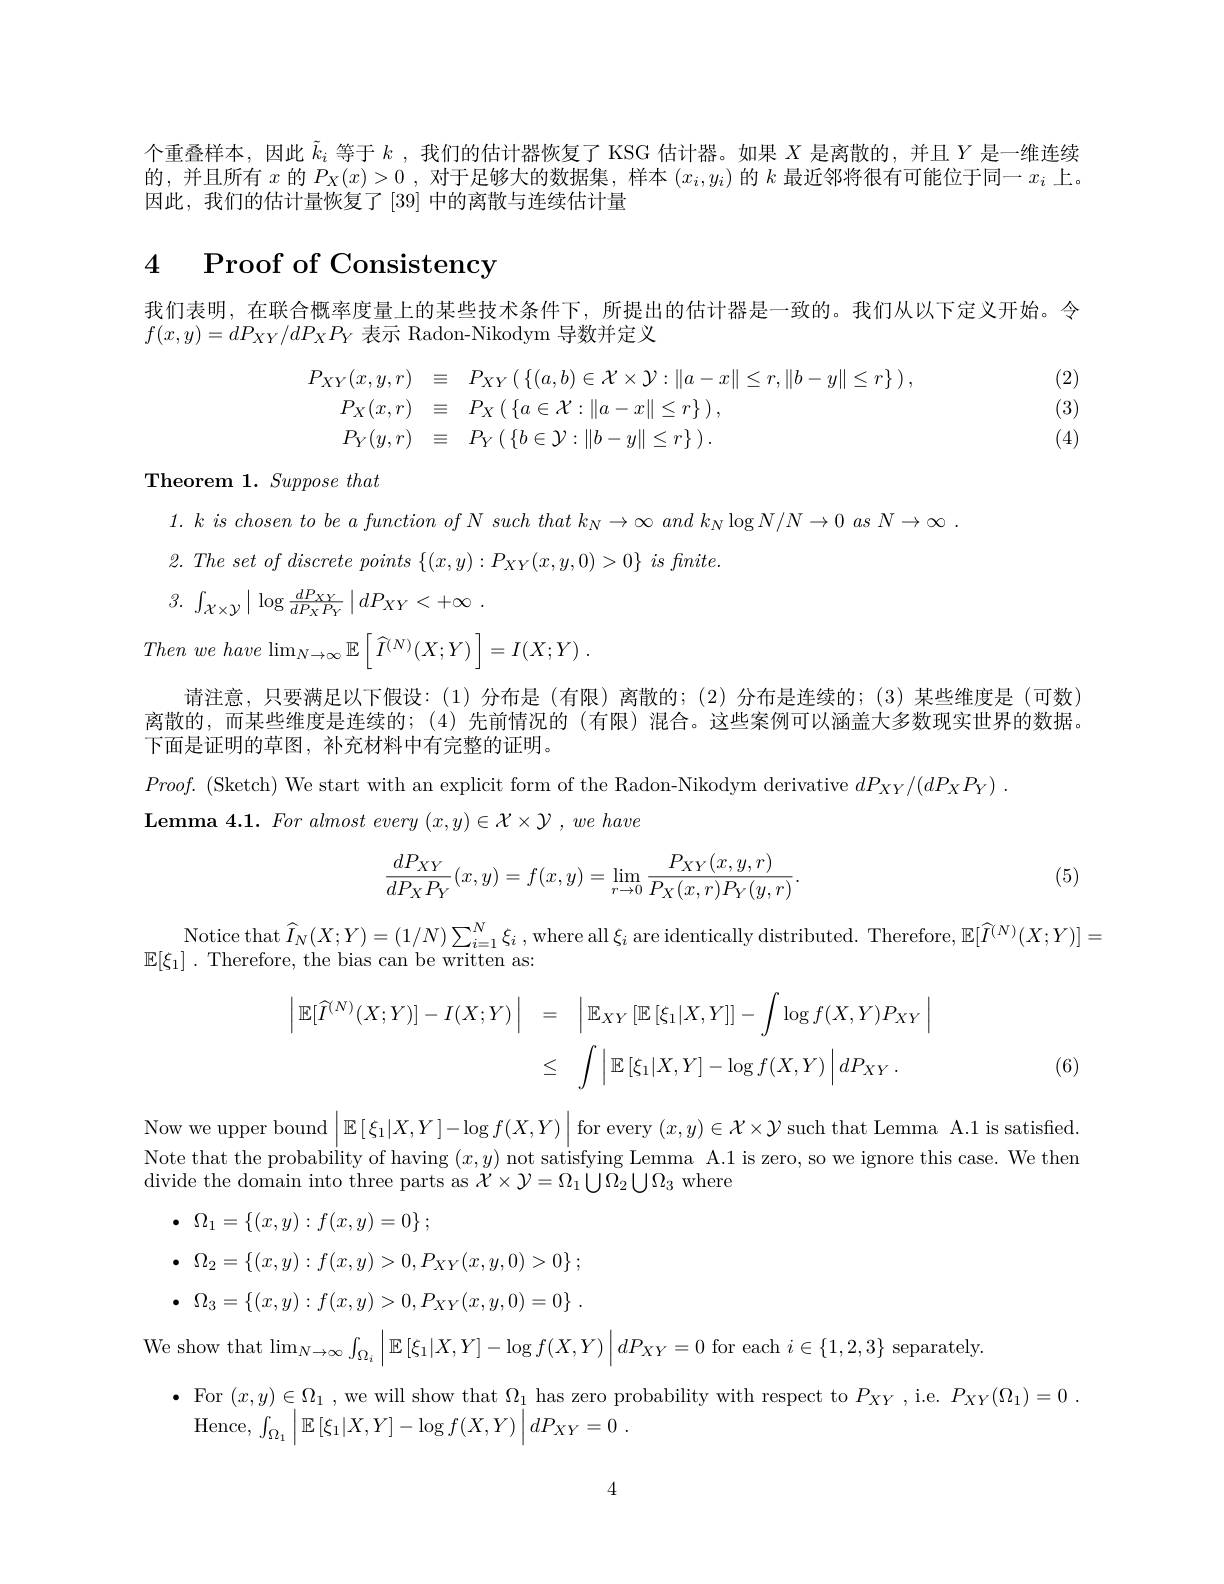
个重叠样本，因此$\tilde{k}_i$等于$k$ ,我们的估计器恢复了 KSG 估计器。如果$X$是离散的，并且$Y$是一维连续的，并且所有$x$的$P_X(x)>0$ ,对于足够大的数据集 ,样本$(x_i,y_i)$的$k$最近邻将很有可能位于同一$x_i$上。因此，我们的估计量恢复了[39] 中的离散与连续估计量

4 Proof of Consistency

我们表明，在联合概率度量上的某些技术条件下，所提出的估计器是一致的。我们从以下定义开始。令
$f(x,y)=dP_{XY}/dP_{X}P_{Y}$表示 Radon-Nikodym 导数并定义

(2)
$$\begin{aligned}P_{XY}(x,y,r)&\equiv\quad P_{XY}\left(\:\{(a,b)\in\mathcal{X}\times\mathcal{Y}:\|a-x\|\leq r,\|b-y\|\leq r\}\:\right),\\P_{X}(x,r)&\equiv\quad P_{X}\left(\:\{a\in\mathcal{X}:\|a-x\|\leq r\}\:\right),\\P_{Y}(y,r)&\equiv\quad P_{Y}\left(\:\{b\in\mathcal{Y}:\|b-y\|\leq r\}\:\right).\end{aligned}$$
(3)

(4)

Theorem 1. Suppose that

$1.\textit{ k is chosen to be a function of N such that k}_{N}\to\infty\textit{ and k}_{N}\log N/N\to0$ as $N\to\infty$

$2. \textit{The set of discrete points }\{ ( x, y) : P_{XY}( x, y, 0) > 0\} \textit{ is finite. }$

3. $\int _{\mathcal{X} \times \mathcal{Y} }\mid \log \frac {dP_{\mathcal{X} Y}}{dP_{\mathcal{X} }P_{\mathcal{Y} }}\mid dP_{XY}< + \infty$ .

Then $we$ have $\operatorname* { lim} _{N\to \infty }\mathbb{E} \left [ \widehat{I} ^{( N) }( X; Y) \right ] = I( X; Y)$ .

请注意，只要满足以下假设：(1)分布是(有限)离散的；(2)分布是连续的；(3)某些维度是(可数)

离散的，而某些维度是连续的；(4)先前情况的(有限)混合。这些案例可以涵盖大多数现实世界的数据。

下面是证明的草图，补充材料中有完整的证明。

$Proof.$ (Sketch) We start with an explicit form of the Radon-Nikodym derivative $dP_{XY}/ ( dP_{X}P_{Y})$ .

$\textbf{Lemma 4. 1. For almost every }( x, y) \in \mathcal{X} \times \mathcal{Y} , we$ have
$$\begin{aligned}\frac{dP_{XY}}{dP_XP_Y}(x,y)=f(x,y)=\lim_{r\to0}\frac{P_{XY}(x,y,r)}{P_X(x,r)P_Y(y,r)}.\end{aligned}$$
(5)

$\begin{array}{c}{\mathrm{Notice~that~}\widehat{I}_{N}(X;Y)=(1/N)\sum_{i=1}^{N}\xi_{i}\:,\mathrm{where~all~}\xi_{i}\:\mathrm{are~identically~distributed.~Therefore,~}\mathbb{E}[\widehat{I}^{(N)}(X;Y)]=}\\{\mathrm{E}[\xi_{1}]\:.\mathrm{~Therefore,~the~bias~can~be~written~as:}}\end{array}$
$$\begin{aligned}\left|\mathbb{E}[\widehat{I}^{(N)}(X;Y)]-I(X;Y)\right|&=\quad\left|\mathbb{E}_{XY}\left[\mathbb{E}\left[\xi_{1}|X,Y\right]\right]-\int\log f(X,Y)P_{XY}\right|\\&\leq\quad\int\left|\mathbb{E}\left[\xi_{1}|X,Y\right]-\log f(X,Y)\right|dP_{XY}\:.\end{aligned}$$
(6)

Now we upper bound$\left | \mathbb{E} \left [ \xi _{1}| X, Y\right ] - \log f( X, Y) \right |$for every $( x, y) \in \mathcal{X} \times \mathcal{Y}$such that Lemma A. 1 is satisfied. Note that the probability of having $( x, y)$ not satisfying Lemma A. 1 is zero, so we ignore this case. We thene thent thent thent of there
$\bullet$ $\Omega _1= \{ ( x, y) : f( x, y) = 0\}$ ;
$\bullet$ $\Omega _{2}= \{ ( x, y) : f( x, y) > 0, P_{XY}( x, y, 0) > 0\}$ ; $\bullet$ $\Omega _{3}= \{ ( x, y) : f( x, y) > 0, P_{XY}( x, y, 0) = 0\}$ .
We show that $\lim_{N\to\infty}\int_{\Omega_{i}}\left|\mathbb{E}\left[\xi_{1}|X,Y\right]-\log f(X,Y)\right|dP_{XY}=0$ for each $i\in\{1,2,3\}$ separately.
$\bullet$ For $(x,y)\in\Omega_1$, we will show that $\Omega_1$ has zero probability with respect to $P_XY$, i.e. $P_XY(\Omega_1)=0$ .
Hence,  $\int _{\Omega _{1}}\left | \mathbb{E} \left [ \xi _{1}| X, Y\right ] - \log f( X, Y) \right | dP_{XY}= 0$ .

4